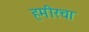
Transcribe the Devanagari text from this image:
हमीरचा